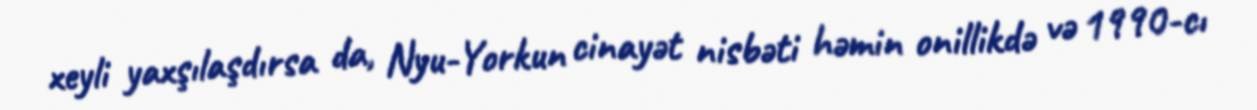
xeyli yaxşılaşdırsa da, Nyu-Yorkun cinayət nisbəti həmin onillikdə və 1990-cı